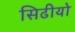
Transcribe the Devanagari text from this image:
सिढीयो